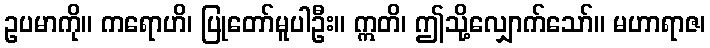
ဥပမာကို။ ကရောဟိ၊ ပြုတော်မူပါဦး။ ဣတိ၊ ဤသို့လျှောက်သော်။ မဟာရာဇ၊